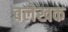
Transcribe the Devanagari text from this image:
वलेखक